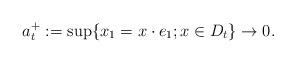
LaTeX: \begin{align*} a^+_t := \sup\{x_1 = x\cdot e_1; x \in D_t\} \rightarrow 0. \end{align*}